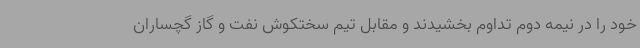
خود را در نیمه دوم تداوم بخشیدند و مقابل تیم سختکوش نفت و گاز گچساران